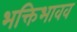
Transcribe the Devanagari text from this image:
भक्तिभावव